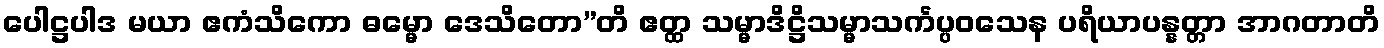
ပေါဋ္ဌပါဒ မယာ ဧကံသိကော ဓမ္မော ဒေသိတော”တိ ဧတ္ထ သမ္မာဒိဋ္ဌိသမ္မာသင်္ကပ္ပဝသေန ပရိယာပန္နတ္တာ အာဂတာတိ